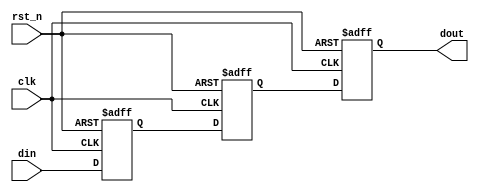
/*
    For real application this will be replaced by SYNCHONIZER cell
*/
module sync
#(
    parameter STAGE=3,
    parameter WIDTH=1
)
(
    input               clk,
    input               rst_n,
    input  [WIDTH-1:0]  din,
    output [WIDTH-1:0]  dout
);
reg [WIDTH-1:0] din_ff[STAGE-1:0];

always @(posedge clk or negedge rst_n) begin
    if(~rst_n) 
        din_ff[0] <= 0;
    else
        din_ff[0] <= din;
end

generate
genvar i;
for(i=1;i<STAGE;i=i+1) begin:SYNC_STAGE
    always @(posedge clk or negedge rst_n) begin
        if(~rst_n) 
            din_ff[i] <= 0;
        else
            din_ff[i] <= din_ff[i-1];
    end
end
endgenerate

assign dout = din_ff[STAGE-1];
endmodule